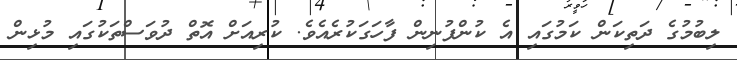
ލިބުމުގެ ދަތިކަން ކަމުގައި އެ ކުންފުނިން ފާހަގަކުރެއެވެ. ކުރިއަށް އޮތް ދުވަސްތަކުގައި މުޅިން